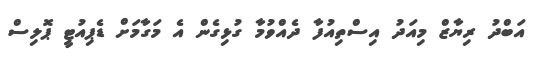
އަބްދު ރިޔާޒް މިއަދު އިސްތިއުފާ ދެއްވުމާ ގުޅިގެން އެ މަގާމަށް ޑެޕިއުޓީ ޕޮލިސް